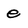
Character: e